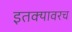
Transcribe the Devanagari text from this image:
इतक्यावरच